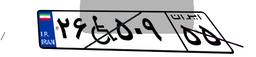
۶۲W۴۰۲۲۶